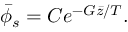
\bar { \phi } _ { s } = C e ^ { - G \bar { z } / T } .